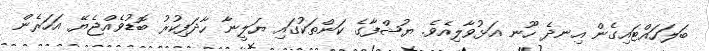
ބަލަހައްޓައިގެން އިނދެ ހޫނ އަޅުވާލިއެވެ. ޔުޝްފާގެ ކަންތަކުގައި ޔަލީނާ ހާދަފިކުރު ބޮޑުވެއްޖެޔޭ އަހަރެން